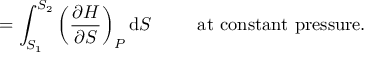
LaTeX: = \int _ { S _ { 1 } } ^ { S _ { 2 } } \left( { \frac { \partial H } { \partial S } } \right) _ { P } \mathrm { d } S \, \, \, \, \, \, \, \, \, \, \, \, \, \, \, { \mathrm { a t ~ c o n s t a n t ~ p r e s s u r e . } }